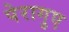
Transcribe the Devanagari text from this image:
पेरागुए